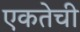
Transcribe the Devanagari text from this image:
एकतेची